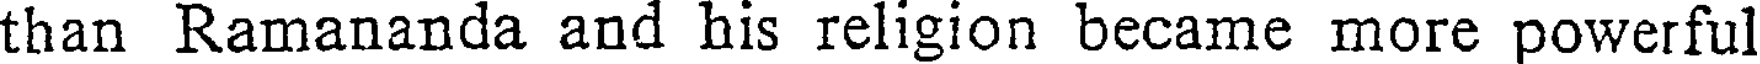
than Ramananda and his religion became more powerful